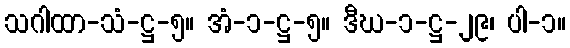
သဂါထာ-သံ-ဋ္ဌ-၅။ အံ-၁-ဋ္ဌ-၅။ ဒီဃ-၁-ဋ္ဌ-၂၉၊ ပါ-၁။